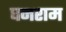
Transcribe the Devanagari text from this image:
घनराम